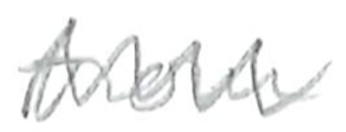
Text: from
Cross-out: zig-zag
Writing tool: pencil